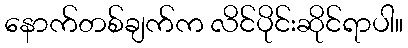
နောက်တစ်ချက်က လိင်ပိုင်းဆိုင်ရာပါ။